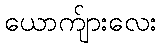
ယောက်ျားလေး